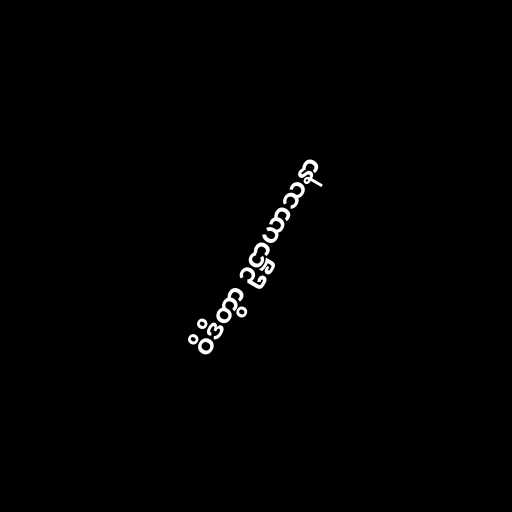
ဝိဒိတွာ ဥဋ္ဌာယာသနာ